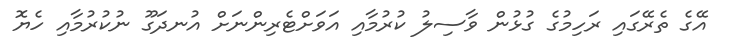
އޭގެ ތެރޭގައި ރަހިމުގެ ގުޅުން ވާސިލު ކުރުމާއި އަވަށްޓެރިންނަށް އުނދަގޫ ނުކުރުމާއި ހެޔޮ